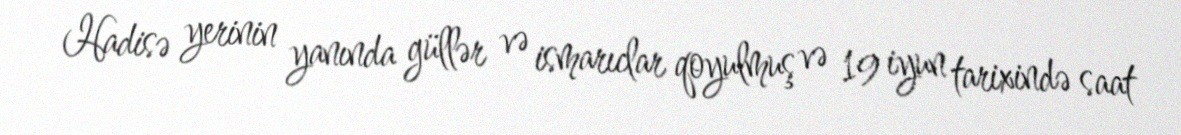
Hadisə yerinin yanında güllər və ismarıclar qoyulmuş və 19 iyun tarixində saat